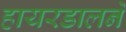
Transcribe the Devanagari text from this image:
हायरडालने